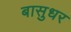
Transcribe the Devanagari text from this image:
बासुधर